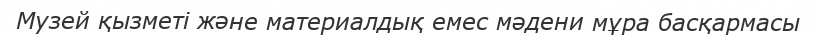
Музей қызметі және материалдық емес мәдени мұра басқармасы